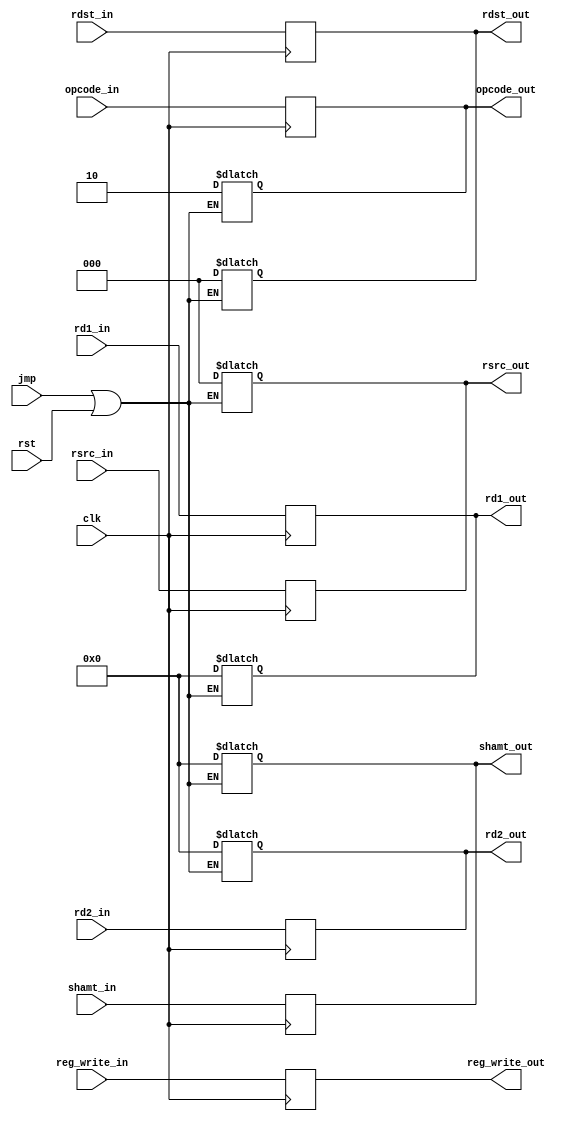
`timescale 1ns / 1ps
//////////////////////////////////////////////////////////////////////////////////
// ID/EX Register
//
//////////////////////////////////////////////////////////////////////////////////


module id_ex_reg(
    input clk,
    input rst,
    input jmp,
    input [7:0] rd1_in,
    input [7:0] rd2_in,
    input [7:0] shamt_in,
    input [2:0] rdst_in,
    input [2:0] rsrc_in,
    input [1:0] opcode_in,
    input reg_write_in,
    output reg reg_write_out,
    output reg [2:0] rdst_out,
    output reg [2:0] rsrc_out,
    output reg [1:0] opcode_out,
    output reg [7:0] rd1_out,
    output reg [7:0] rd2_out,
    output reg [7:0] shamt_out
    );
    
    always@(jmp, rst)
    begin
    if(jmp == 1 || rst == 1)
    begin
    rd1_out <= 0;
    rd2_out <= 0;
    shamt_out <= 0;
    opcode_out <= 2'b10;
    rdst_out <= 3'b0;
    rsrc_out <= 3'b0;
    end
    end
    
    always@(posedge clk)
    begin
    reg_write_out <= reg_write_in;
    rd1_out <= rd1_in;
    rd2_out <= rd2_in;
    shamt_out <= shamt_in;
    rdst_out <= rdst_in;
    rsrc_out <= rsrc_in;
    opcode_out <= opcode_in;
    end
    
endmodule